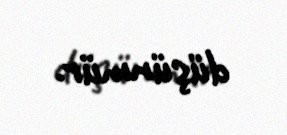
düşünmür.